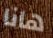
هانا